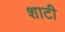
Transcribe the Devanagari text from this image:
शाटी